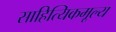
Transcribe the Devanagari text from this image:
साहित्यिकमूल्य